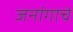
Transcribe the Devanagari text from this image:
जनांगाचे